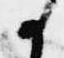
か